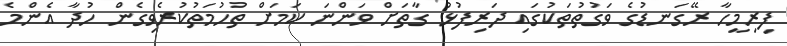
ފިރިމީހާ ރޭގަނޑުގެ ވަގުތުތަކުގައި ދަރިފުޅު ގާތަށް ވަންނަ ކަމަށް ތުހުމަތުކުރެވިގެން ހުދާ އެންމެ